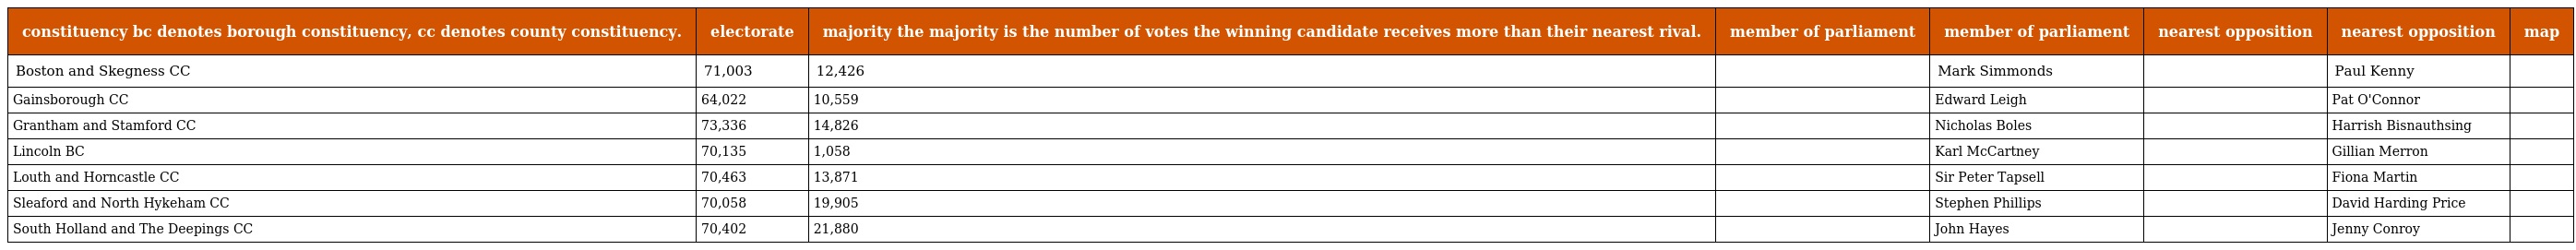
| constituency bc denotes borough constituency, cc denotes county constituency. | electorate | majority the majority is the number of votes the winning candidate receives more than their nearest rival. | member of parliament | member of parliament | nearest opposition | nearest opposition | map |
 | --- | --- | --- | --- | --- | --- | --- | --- |
 | Boston and Skegness CC | 71,003 | 12,426 |  | Mark Simmonds |  | Paul Kenny |  |
 | Gainsborough CC | 64,022 | 10,559 |  | Edward Leigh |  | Pat O'Connor |  |
 | Grantham and Stamford CC | 73,336 | 14,826 |  | Nicholas Boles |  | Harrish Bisnauthsing |  |
 | Lincoln BC | 70,135 | 1,058 |  | Karl McCartney |  | Gillian Merron |  |
 | Louth and Horncastle CC | 70,463 | 13,871 |  | Sir Peter Tapsell |  | Fiona Martin |  |
 | Sleaford and North Hykeham CC | 70,058 | 19,905 |  | Stephen Phillips |  | David Harding Price |  |
 | South Holland and The Deepings CC | 70,402 | 21,880 |  | John Hayes |  | Jenny Conroy |  |